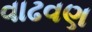
વાઢવણ